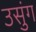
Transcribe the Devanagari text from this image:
उसुंग